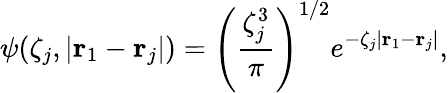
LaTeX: \psi(\zeta_{j},|\mathbf{r}_{1}-\mathbf{r}_{j}|)=\left(\frac{\zeta_{j}^{3}}{\pi}\right)^{1/2}e^{-\zeta_{j}|\mathbf{r}_{1}-\mathbf{r}_{j}|},